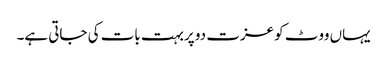
یہاں ووٹ کو عزت دو پربہت بات کی جاتی ہے۔